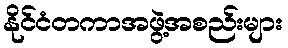
နိုင်ငံတကာအဖွဲ့အစည်းများ